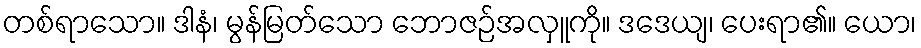
တစ်ရာသော။ ဒါနံ၊ မွန်မြတ်သော ဘောဇဉ်အလှူကို။ ဒဒေယျ၊ ပေးရာ၏။ ယော၊